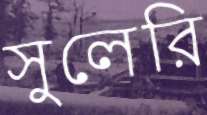
সুলেরি